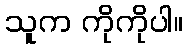
သူက ကိုကိုပါ။